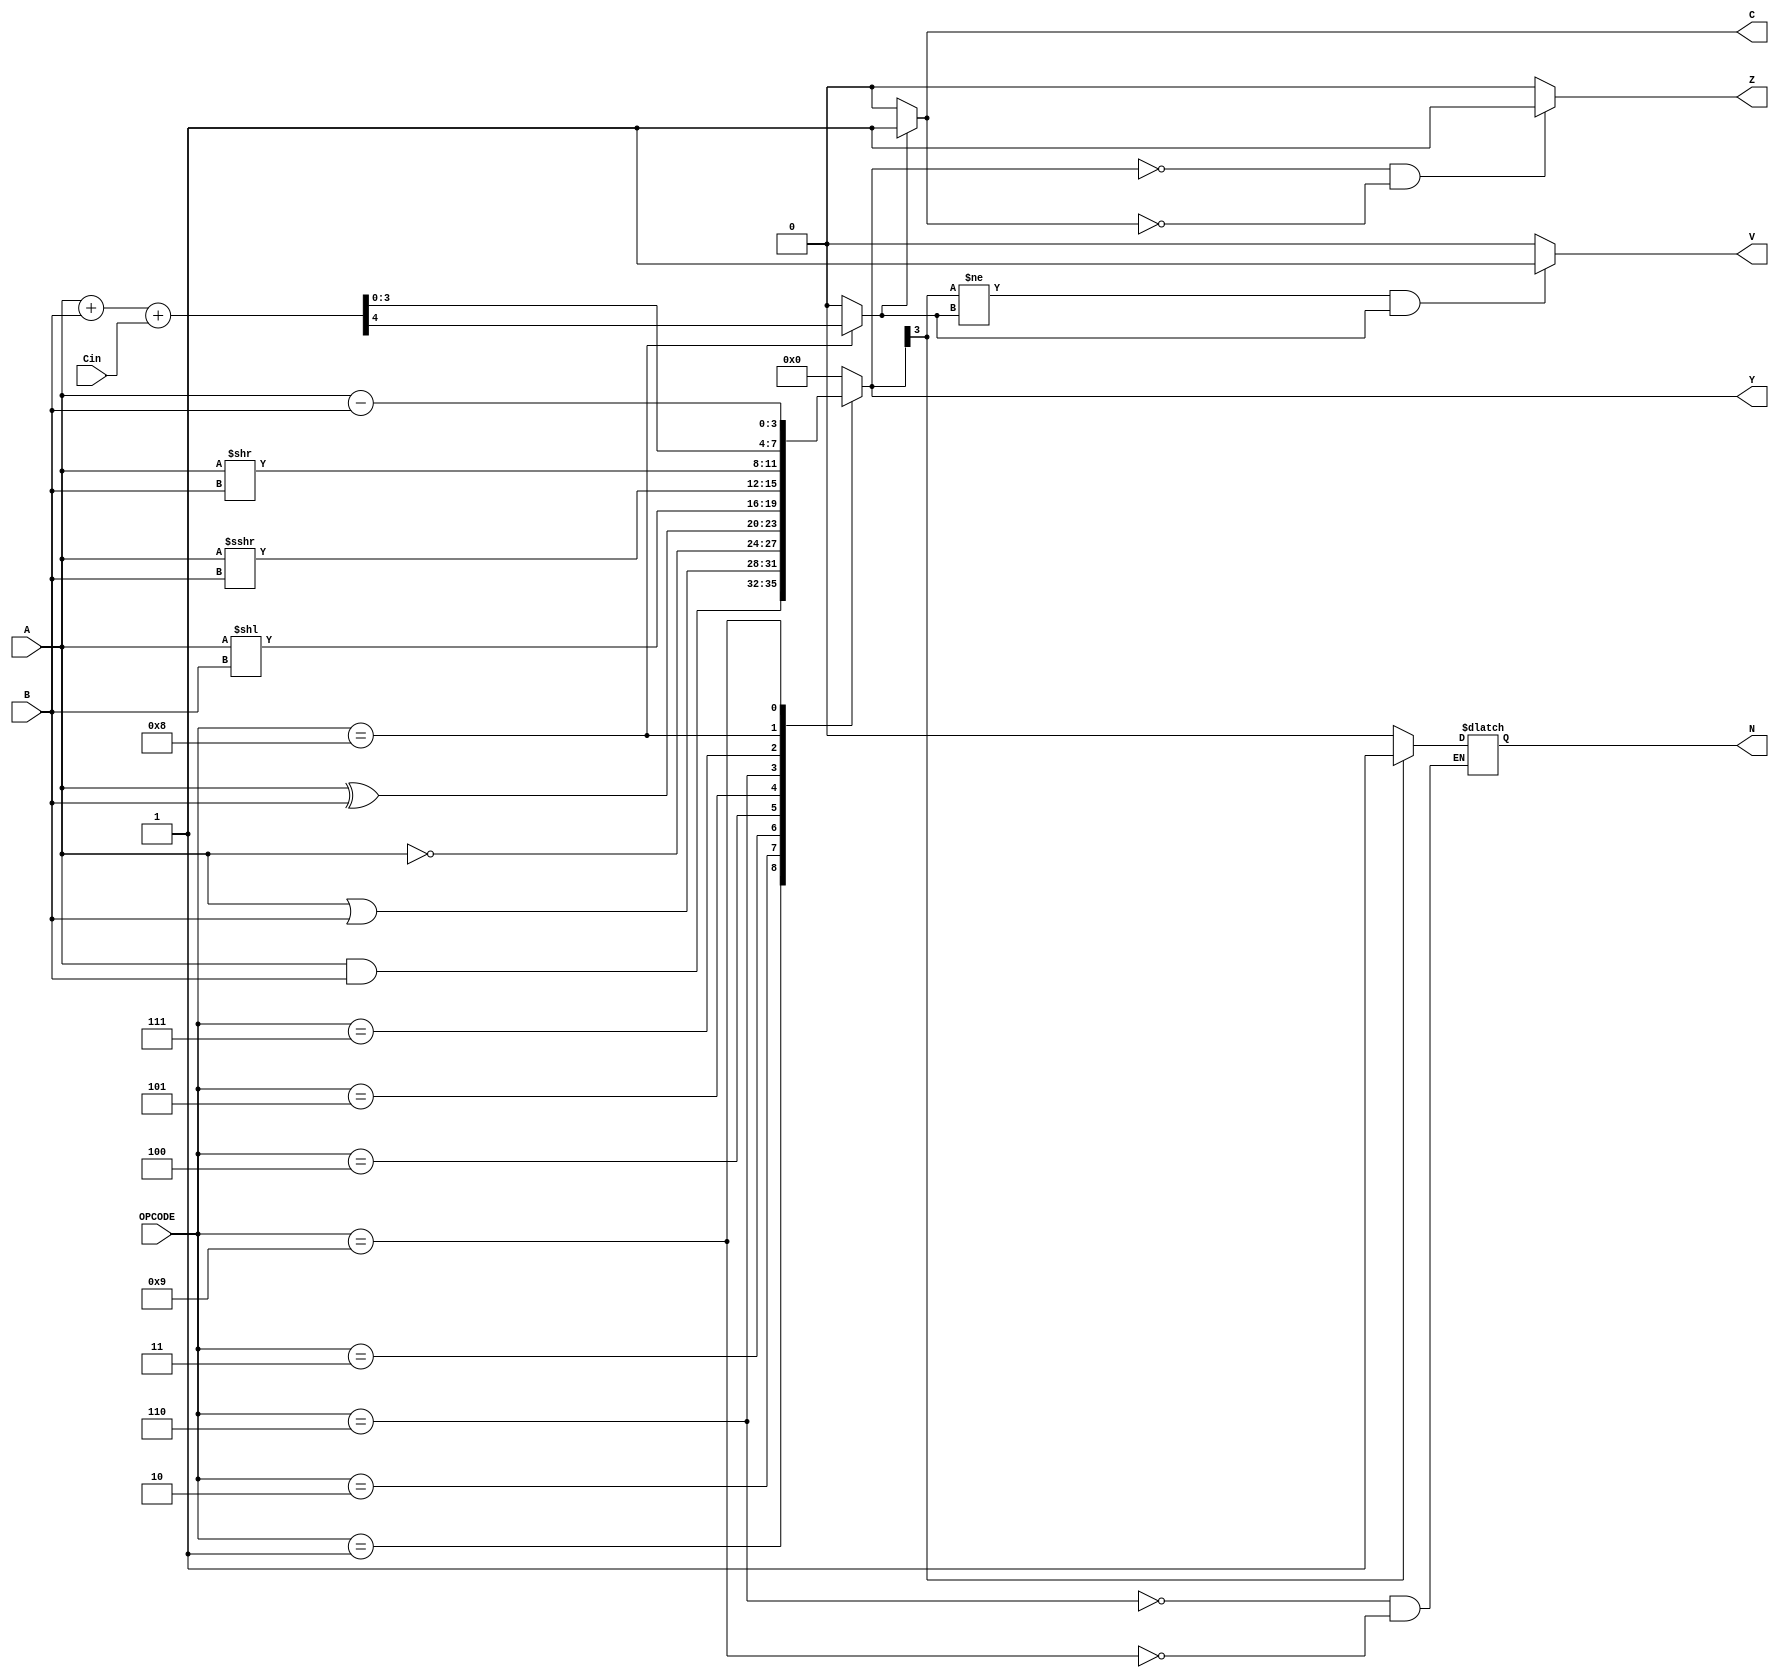
`timescale 1ns / 1ps
//////////////////////////////////////////////////////////////////////////////////
// Company: 
// Engineer: 
// 
// Design Name: 
// Module Name: ALU
// Project Name: 
// Target Devices: 
// Tool Versions: 
// Description: 
// 
// Dependencies: 
// 
// Revision:
// Revision 0.01 - File Created
// Additional Comments:
// 
//////////////////////////////////////////////////////////////////////////////////


module ALU(
    input [3:0] A,
    input [3:0] B,
    input [3:0]OPCODE,
    input Cin,
    output reg [3:0] Y,
    output reg N,
    output Z,
    output C,
    output V
    );
    reg Cout;
    reg [4:0] temp_add;
    initial 
    begin
        Y = 4'b0000;
        Cout = 1'b0;
        N = 1'b0;
    end
    
    always @(*) begin
        Cout = 1'b0;
        case(OPCODE)
            4'b0001: Y <= A & B;
            4'b0010: Y <= A | B;
            4'b0011: Y <= ~A;
            4'b0100: Y <= A ^ B;
            4'b0101: Y <= A << B;
            4'b0110: 
            begin
            Y <= $signed(A) >>> B;
            N <= (Y[3] == 1) ? 1 : 0;
            end
            4'b0111: Y <= A >> B;
            4'b1000: 
            begin
            temp_add = A + B + Cin;
            Y <= temp_add[3:0];
            Cout <= temp_add[4];
            end
            4'b1001: 
            begin
            Y <= A - B;
            N <= (Y[3] == 1) ? 1 : 0;
            end
            default: Y <= 4'b0000;
            
        endcase   
    end 
    
    assign C = (Cout == 1) ? 1 : 0;
    assign Z = (Y == 0 && C != 1) ? 1 : 0;
    assign V = (Y[3] != Cout && Cout != 0) ? 1 : 0;
    
    
endmodule